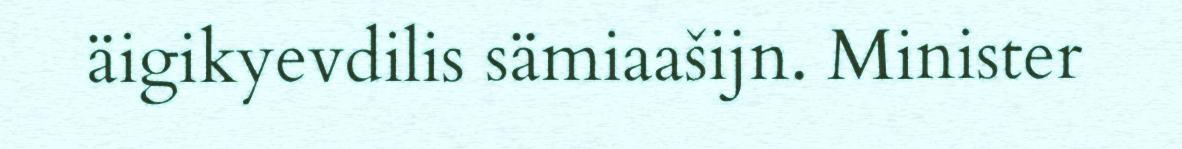
äigikyevdilis sämiaašijn. Minister